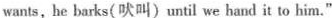
wants,he barks(吠叫)until we hand it to him."